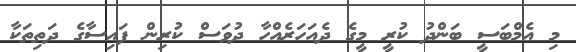
މި އެމްބަސީ ބަންދު ކުރީ މީގެ ދެއަހަރެއްހާ ދުވަސް ކުރިން ފައިސާގެ ދަތިތަކާ